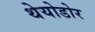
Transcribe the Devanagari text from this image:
थेयोडोर